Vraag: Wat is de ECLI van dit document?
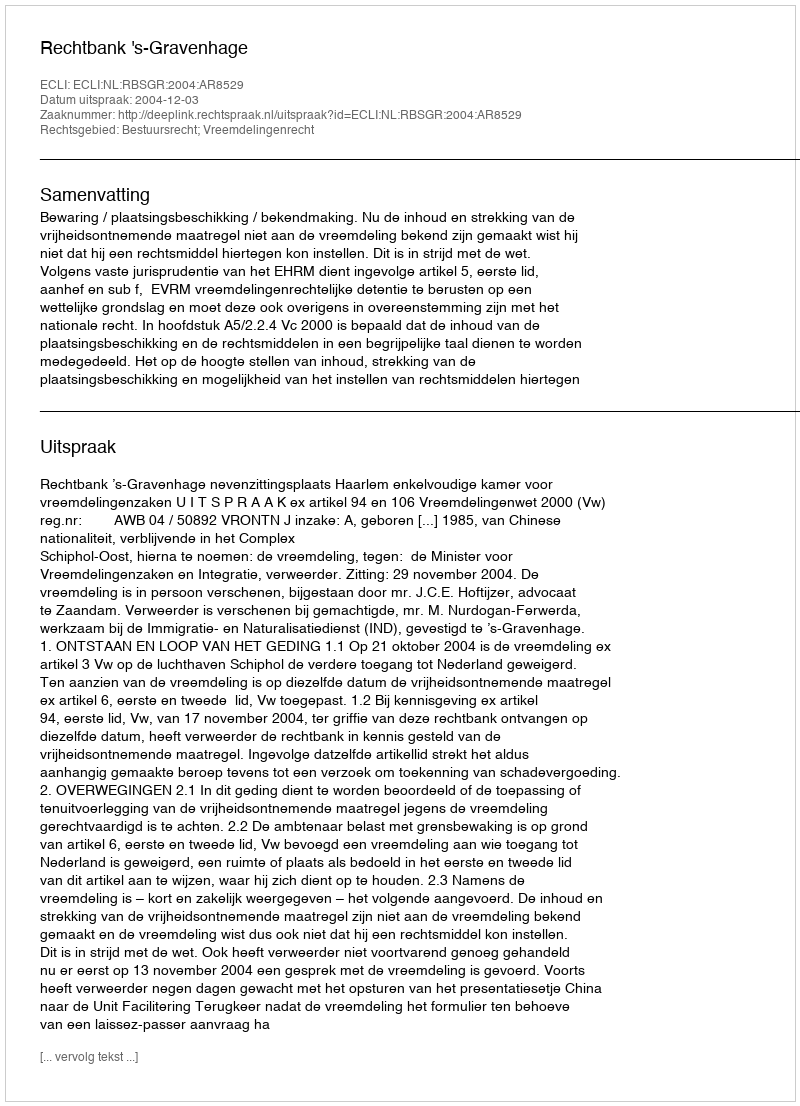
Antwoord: ECLI:NL:RBSGR:2004:AR8529